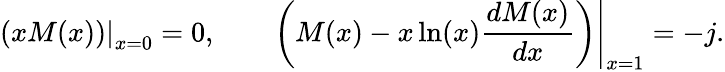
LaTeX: \left.\left(xM(x)\right)\right|_{x=0}=0,\qquad\left.\left(M(x)-x\ln(x)\frac{dM(x)}{dx}\right)\right|_{x=1}=-j.